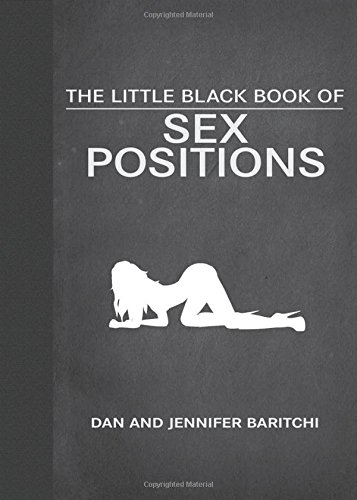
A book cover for The Little Black Book of Sex Positions; Dan Baritchi; Self-Help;